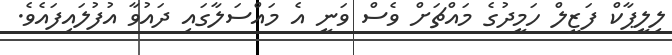
ލިލީޕާކް ފަޒީލް ހަމީދުގެ މައްޗަށް ވެސް ވަނީ އެ މައްސަލާގައި ދައުވާ އުފުލައިފައެވެ.